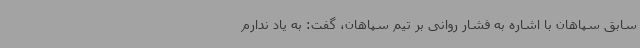
سابق سپاهان با اشاره به فشار روانی بر تیم سپاهان، گفت: به یاد ندارم